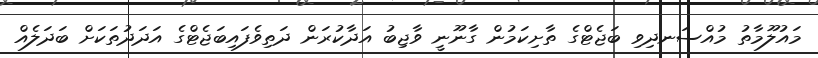
މައުލޫމާތު މުއްސަނދިވި ބަޖެޓްގެ ތާށިކަމުން ގާނޫނީ ވާޖިބު އަދާކުރަން ދަތިވެފައިބަޖެޓްގެ އަދަދުތަކަށް ބަދަލެއް